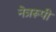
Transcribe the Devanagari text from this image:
नेत्ररूपी